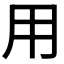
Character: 用